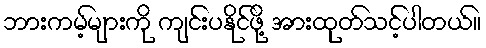
ဘားကမ့်များကို ကျင်းပနိုင်ဖို့ အားထုတ်သင့်ပါတယ်။